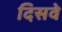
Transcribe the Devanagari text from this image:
दिसवे